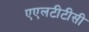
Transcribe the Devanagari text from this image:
एएलटीटीसी